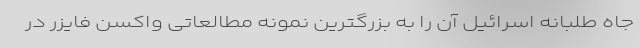
جاه طلبانه اسرائیل آن را به بزرگترین نمونه مطالعاتی واکسن فایزر در